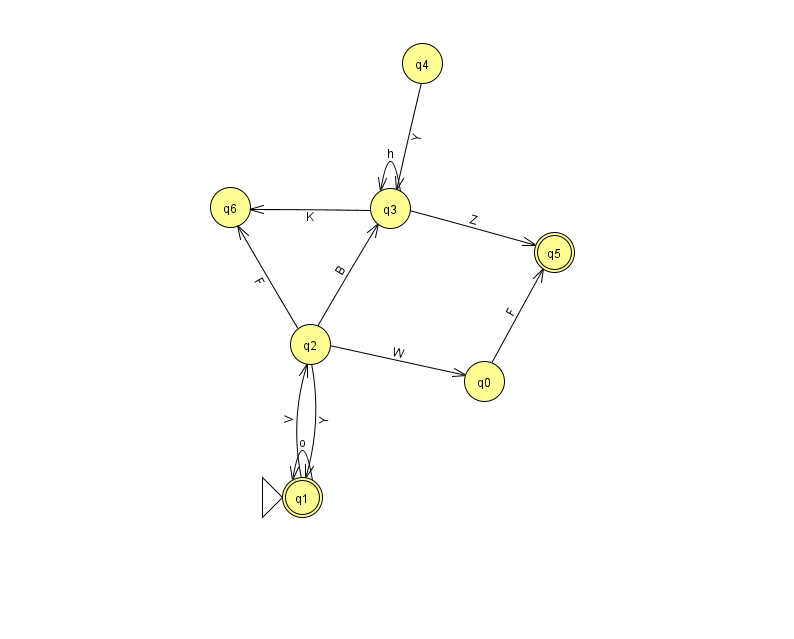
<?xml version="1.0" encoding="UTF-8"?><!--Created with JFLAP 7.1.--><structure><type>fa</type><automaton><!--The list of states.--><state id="0" name="q0"><x>484.0</x><y>368.0</y></state><state id="1" name="q1"><x>302.0</x><y>484.0</y><initial/><final/></state><state id="2" name="q2"><x>310.0</x><y>331.0</y></state><state id="3" name="q3"><x>390.0</x><y>195.0</y></state><state id="4" name="q4"><x>422.0</x><y>50.0</y></state><state id="5" name="q5"><x>554.0</x><y>239.0</y><final/></state><state id="6" name="q6"><x>230.0</x><y>194.0</y></state><!--The list of transitions.--><transition><from>2</from><to>0</to><read>W</read></transition><transition><from>2</from><to>1</to><read>Y</read></transition><transition><from>1</from><to>2</to><read>V</read></transition><transition><from>3</from><to>3</to><read>h</read></transition><transition><from>4</from><to>3</to><read>Y</read></transition><transition><from>2</from><to>3</to><read>B</read></transition><transition><from>3</from><to>6</to><read>K</read></transition><transition><from>0</from><to>5</to><read>F</read></transition><transition><from>1</from><to>1</to><read>o</read></transition><transition><from>2</from><to>6</to><read>F</read></transition><transition><from>3</from><to>5</to><read>Z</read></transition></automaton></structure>